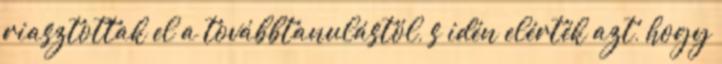
riasztottak el a továbbtanulástól, s idén elérték azt, hogy